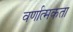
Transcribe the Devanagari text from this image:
वर्णात्मकता